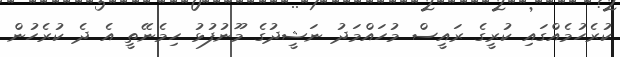
ކުރެހުމެއްގައި ކުރީގެ ރައީސް މުހައްމަދު ނަޝީދުގެ މޫނުފުޅު ހިމެނޭތީ އެ ދެ ކުރެހުން